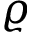
\varrho